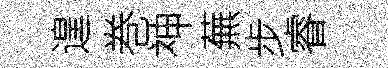
遑巻神蕪步睿